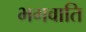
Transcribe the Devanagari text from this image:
भगवाति